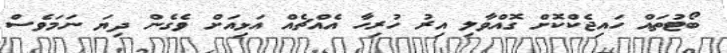
ބޯޓުތައް ހައިޖެކްކޮށް ގޮއްވާލި އިރު ހުރިހާ އެއްޗެއް އަޅިއަށް ވެގެން ދިޔަ ނަމަވެސް